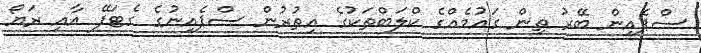
ސްޕެއިން ބޭރު ތިން ގައުމެއްގެ ކްލަބްތަކުގެ އިތުރުން ސްޕެއިނުގެ ގެޓަފޭ އާއި ރަޔޯ